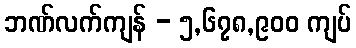
ဘဏ်လက်ကျန် - ၅,၆၇၈,၉၀၀ ကျပ်